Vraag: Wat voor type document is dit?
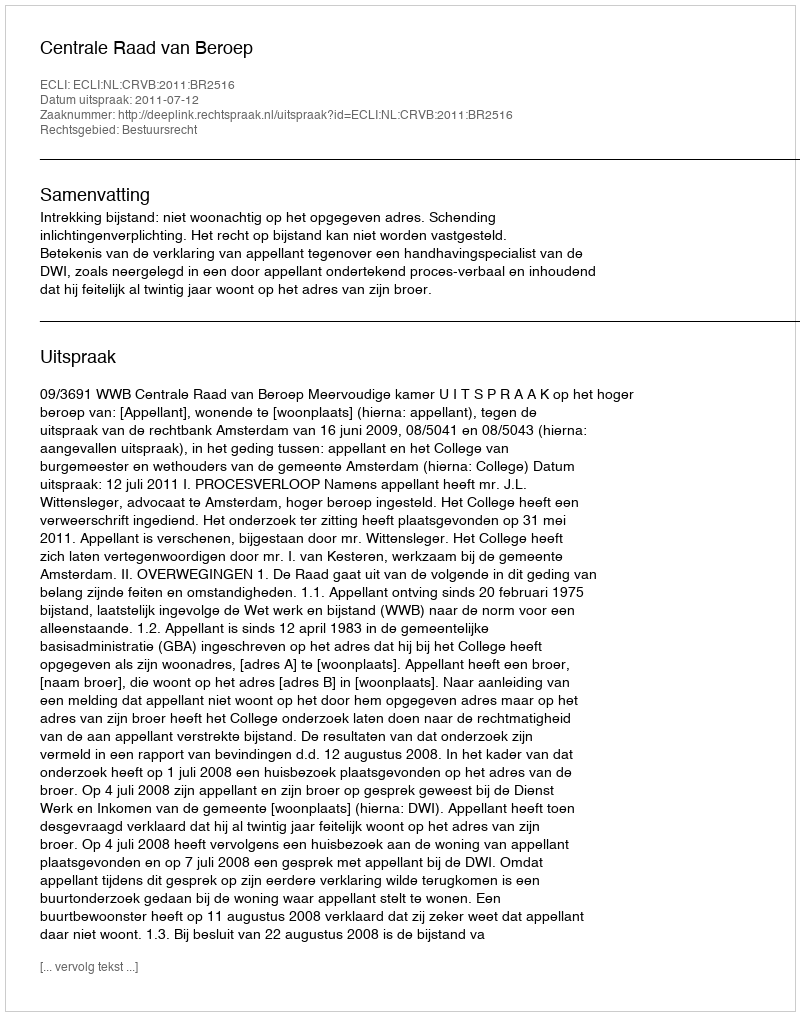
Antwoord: Uitspraak